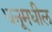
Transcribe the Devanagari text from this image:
धनूमधील